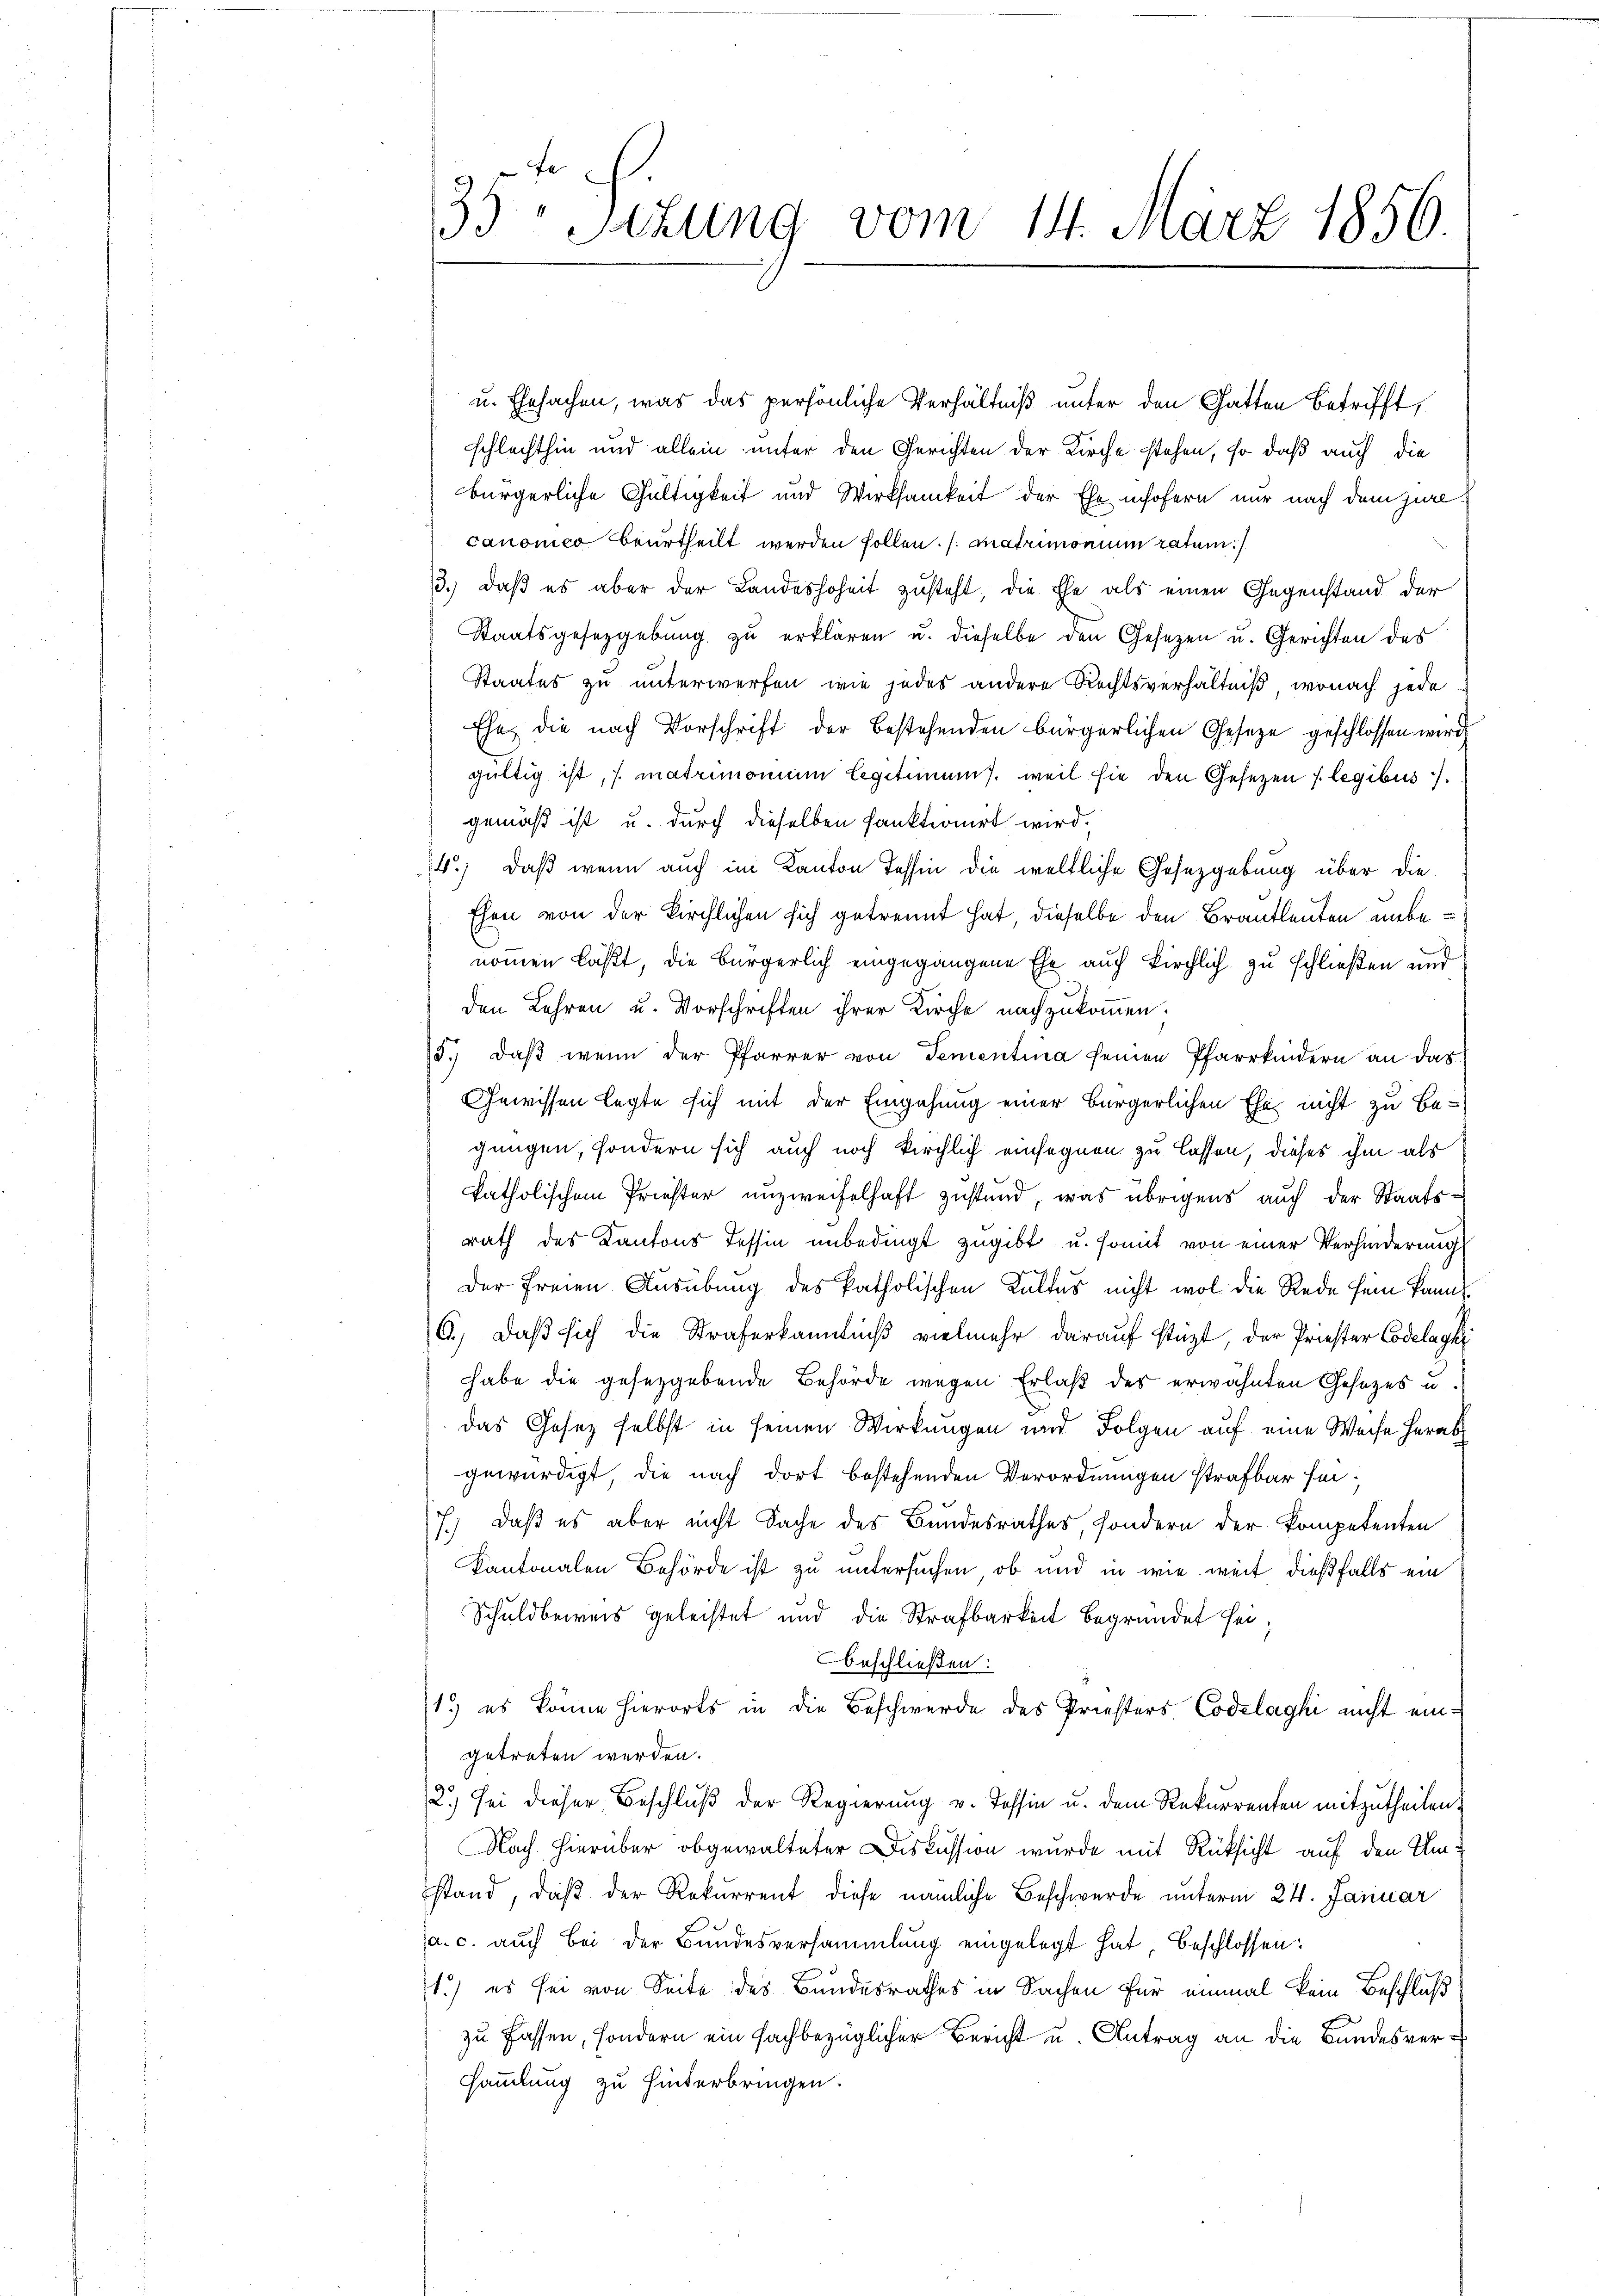
35 Setzung vom 14. März 1856.

u. Ehesachen, was das persönliche Verhältniß unter den Gatten betrifft,
schlechthin und allein unter den Gerichten der Kirche stehen, so daß auch die
bürgerliche Gültigkeit und Wirksamkeit der Ehe insofern nur nach dem jure
canonico beurtheilt werden sollen. (matrimonium ratum
3.) daß es aber der Landeshoheit zusteht die Ehe als einen Gegenstand der
Staatsgesetzgebung zu erklären u. dieselbe den Gesetzen u. Gerichten des
Staates zu unterwerfen wie jedes andere Rechtsverhältniß, wonach jede
Ehe die nach Vorschrift der bestehenden bürgerlichen Geseze geschlossen wird
gültig ist, s. matrimonium Legitimums. weil sie den Gesetzen legibus
gemäß ist u. durch dieselben sanktionirt wird.
4.) Daß wenn auch im Kanton Tessin die weltliche Gesetzgebung über die
Ehen von der kirchlichen sich getrennt hat, dieselbe den Brautleuten unbenommen läßt, die Bürgerlich eingegangene Ehe auch kirchlich zu schließen und
den Lehren u. Vorschriften ihrer Kirche nachzukommen.
5. daβ wenn der Pfarrer von Tementina seinen Pfarrkindern an das
Gewissen legte sich mit der Eingehung einer bürgerlichen Ehe nicht zu Be-
gungen, sondern sich auch noch kirchlich einsegnen zu lassen, dieses ihm als
katholischem Priester unzweifelhaft zustand, was übrigens auch der Staatsrath des Kantons Tessin unbedingt zugibt u. somit von einer Verhinderung
Der freien Ausübung des katholischen Kultus nicht wol die Rede sein kannt.
6.) Daß sich die Straferkanntniß vielmehr darauf stüzt, der Priester Codelage
habe die gesetzgebende Behörde wegen Erlaß des erwähnten Gesezes u.
das Gesez selbst in seinen Wirkungen und Folgen auf eine Weise herab
gewürdigt, die nach dort bestehenden Verordnungen strafbar sei¬
7.) Daß es aber nicht Sache des Bundesrathes, sondern der kompetenten
kantonalen Behörde ist zu untersuchen, ob und in wie weit dießfalls ein
Schuldbeweis geleistet und die Strafbarkeit begründet sei.
beschließen:
1.) es könne hierorts in die Beschwerde des Priesters Codelaghi nicht eingetreten werden.
2.) sei dieser Beschluß der Regierung v. Tessin u. dem Rekurrenten mitzutheilen.
Nach hierüber obgewalteter Diskussion wurde mit Rüksicht auf den Umstand, daβ der Rekurrent diese nämliche Beschwerde unterm 24. Januar
a. c. auch bei der Bundesversammlung eingelegt hat, beschlossen:
1.) es sei von Seite des Bundesrathes in Sachen für einmal kein Beschluß
zu fassen, sondern ein fachbezüglicher Bericht u. Antrag an die Bundesversammlung zu hinterbringen.